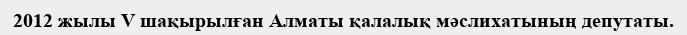
2012 жылы V шақырылған Алматы қалалық мәслихатының депутаты.